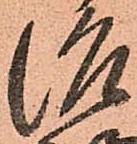
治